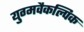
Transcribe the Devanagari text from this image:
युग्मवैकल्पिक